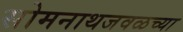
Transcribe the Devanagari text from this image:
सोमनाथजवळच्या